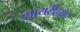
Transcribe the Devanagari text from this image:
शायरीच्या